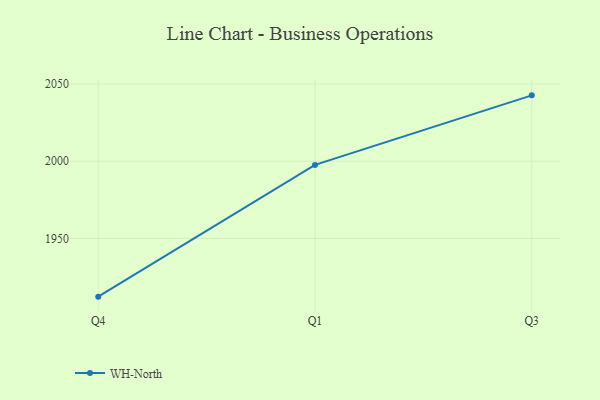
{"axis": {"x": "Quarter", "y": "Active Users"}, "legend": ["WH-North"], "data": [{"x": "Q4", "y": 1912.4, "type": "WH-North"}, {"x": "Q1", "y": 1997.6, "type": "WH-North"}, {"x": "Q3", "y": 2042.6, "type": "WH-North"}]}